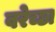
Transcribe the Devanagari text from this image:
वरेच्छा